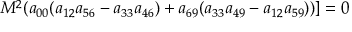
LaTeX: M ^ { 2 } ( a _ { 0 0 } ( a _ { 1 2 } a _ { 5 6 } - a _ { 3 3 } a _ { 4 6 } ) + a _ { 6 9 } ( a _ { 3 3 } a _ { 4 9 } - a _ { 1 2 } a _ { 5 9 } ) ) ] = 0